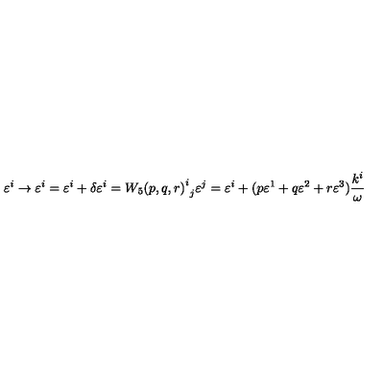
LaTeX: \varepsilon ^ { i } \rightarrow { \varepsilon ^ { i } } = \varepsilon ^ { i } + \delta \varepsilon ^ { i } = { { W _ { 5 } ( p , q , r ) } ^ { i } } _ { j } \varepsilon ^ { j } = \varepsilon ^ { i } + ( p \varepsilon ^ { 1 } + q \varepsilon ^ { 2 } + r \varepsilon ^ { 3 } ) \frac { k ^ { i } } { \omega }